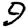
Digit: 9